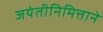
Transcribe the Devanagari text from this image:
जयंतीनिमित्ताने